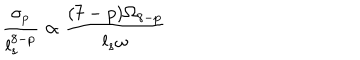
\frac { \sigma _ { p } } { l _ { s } ^ { 8 - p } } \propto \frac { ( 7 - p ) \Omega _ { 8 - p } } { l _ { s } \omega }